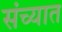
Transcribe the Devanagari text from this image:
संच्यात